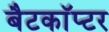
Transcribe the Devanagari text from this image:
बैटकाॅप्टर